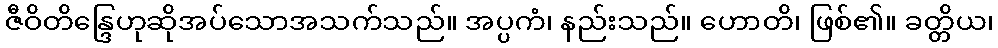
ဇီဝိတိန္ဒြေဟုဆိုအပ်သောအသက်သည်။ အပ္ပကံ၊ နည်းသည်။ ဟောတိ၊ ဖြစ်၏။ ခတ္တိယ၊